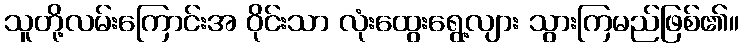
သူတို့လမ်းကြောင်းအ ဝိုင်းသာ လုံးထွေးရွေ့လျား သွားကြမည်ဖြစ်၏။